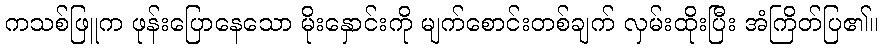
ကသစ်ဖြူက ဖုန်းပြောနေသော မိုးနှောင်းကို မျက်စောင်းတစ်ချက် လှမ်းထိုးပြီး အံကြိတ်ပြ၏။